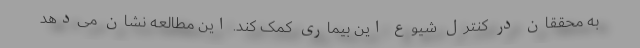
به محققان در کنترل شیوع این بیماری کمک کند. این مطالعه نشان می‌دهد